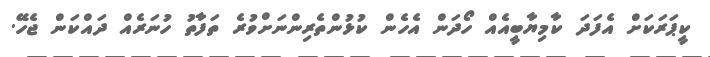
ކީޕަރަކަށް އެފަދަ ކާމިޔާބީއެއް ހޯދަން އެހެން ކުޅުންތެރިންނަށްވުރެ ތަފާތު ހުނަރެއް ދައްކަން ޖެހޭ.